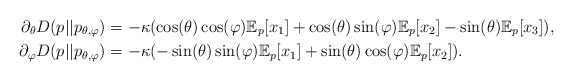
\begin{align*}\partial_\theta D(p||p_{\theta,\varphi}) &= -\kappa( \cos(\theta)\cos(\varphi) \mathbb{E}_p[x_1] + \cos(\theta) \sin(\varphi) \mathbb{E}_p[x_2] - \sin(\theta)\mathbb{E}_p[x_3]),\\\partial_\varphi D(p||p_{\theta,\varphi}) &= -\kappa( -\sin(\theta)\sin(\varphi) \mathbb{E}_p[x_1] + \sin(\theta)\cos(\varphi) \mathbb{E}_p[x_2]).\end{align*}